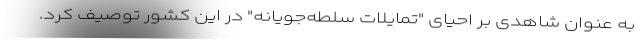
به عنوان شاهدی بر احیای "تمایلات سلطه‌جویانه" در این کشور توصیف کرد.